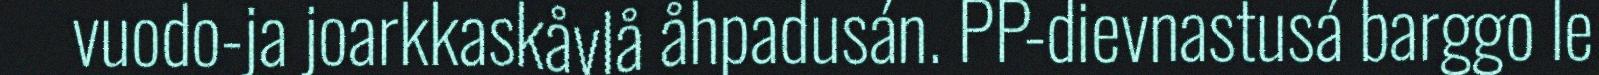
vuodo-ja joarkkaskåvlå åhpadusán. PP-dievnastusá barggo le